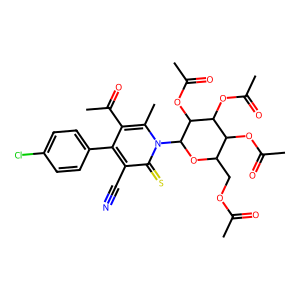
SMILES: CC(=O)OCC1OC(n2c(C)c(C(C)=O)c(-c3ccc(Cl)cc3)c(C#N)c2=S)C(OC(C)=O)C(OC(C)=O)C1OC(C)=O
Inhibits HIV replication: No